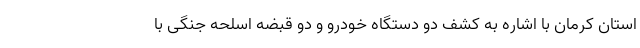
استان کرمان با اشاره به کشف دو دستگاه خودرو و دو قبضه اسلحه جنگی با